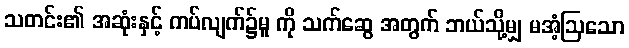
သတင်း၏ အဆုံးနှင့် ကပ်လျက်၌မူ ကို သက်ဆွေ အတွက် ဘယ်သို့မျှ မအံ့ဩသော